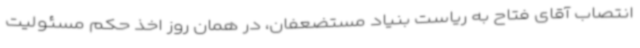
انتصاب آقای فتاح به ریاست بنیاد مستضعفان، در همان روز اخذ حکم مسئولیت